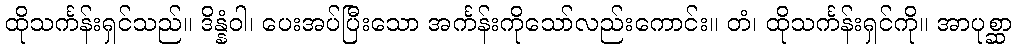
ထိုသင်္ကန်းရှင်သည်။ ဒိန္နံဝါ၊ ပေးအပ်ပြီးသော အင်္ကန်းကိုသော်လည်းကောင်း။ တံ၊ ထိုသင်္ကန်းရှင်ကို။ အာပုစ္ဆာ